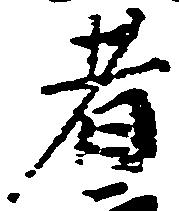
者